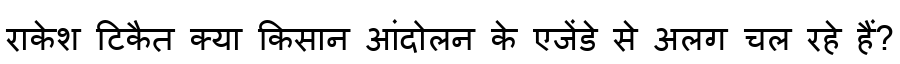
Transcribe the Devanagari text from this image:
राकेश टिकैत क्या किसान आंदोलन के एजेंडे से अलग चल रहे हैं?